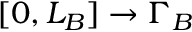
[ 0 , L _ { B } ] \to \Gamma _ { B }